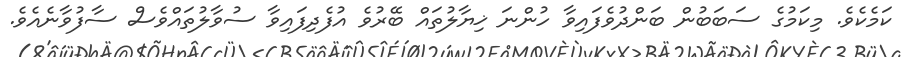
ކަމެކެވެ. މިކަމުގެ ސަބަބުން ބަންދުވެފައިވާ ހުންނަ ޚިޔާލުތައް ބޭރުވެ އުފެދިފައިވާ ސުވާލުތައްވެސް ސާފުވާނެއެވެ.